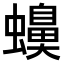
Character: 𧓝